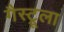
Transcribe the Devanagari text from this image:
गैस्ट्रूला